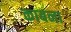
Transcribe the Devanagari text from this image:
काबना